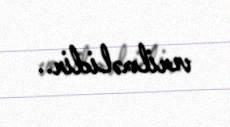
verilməlidir..